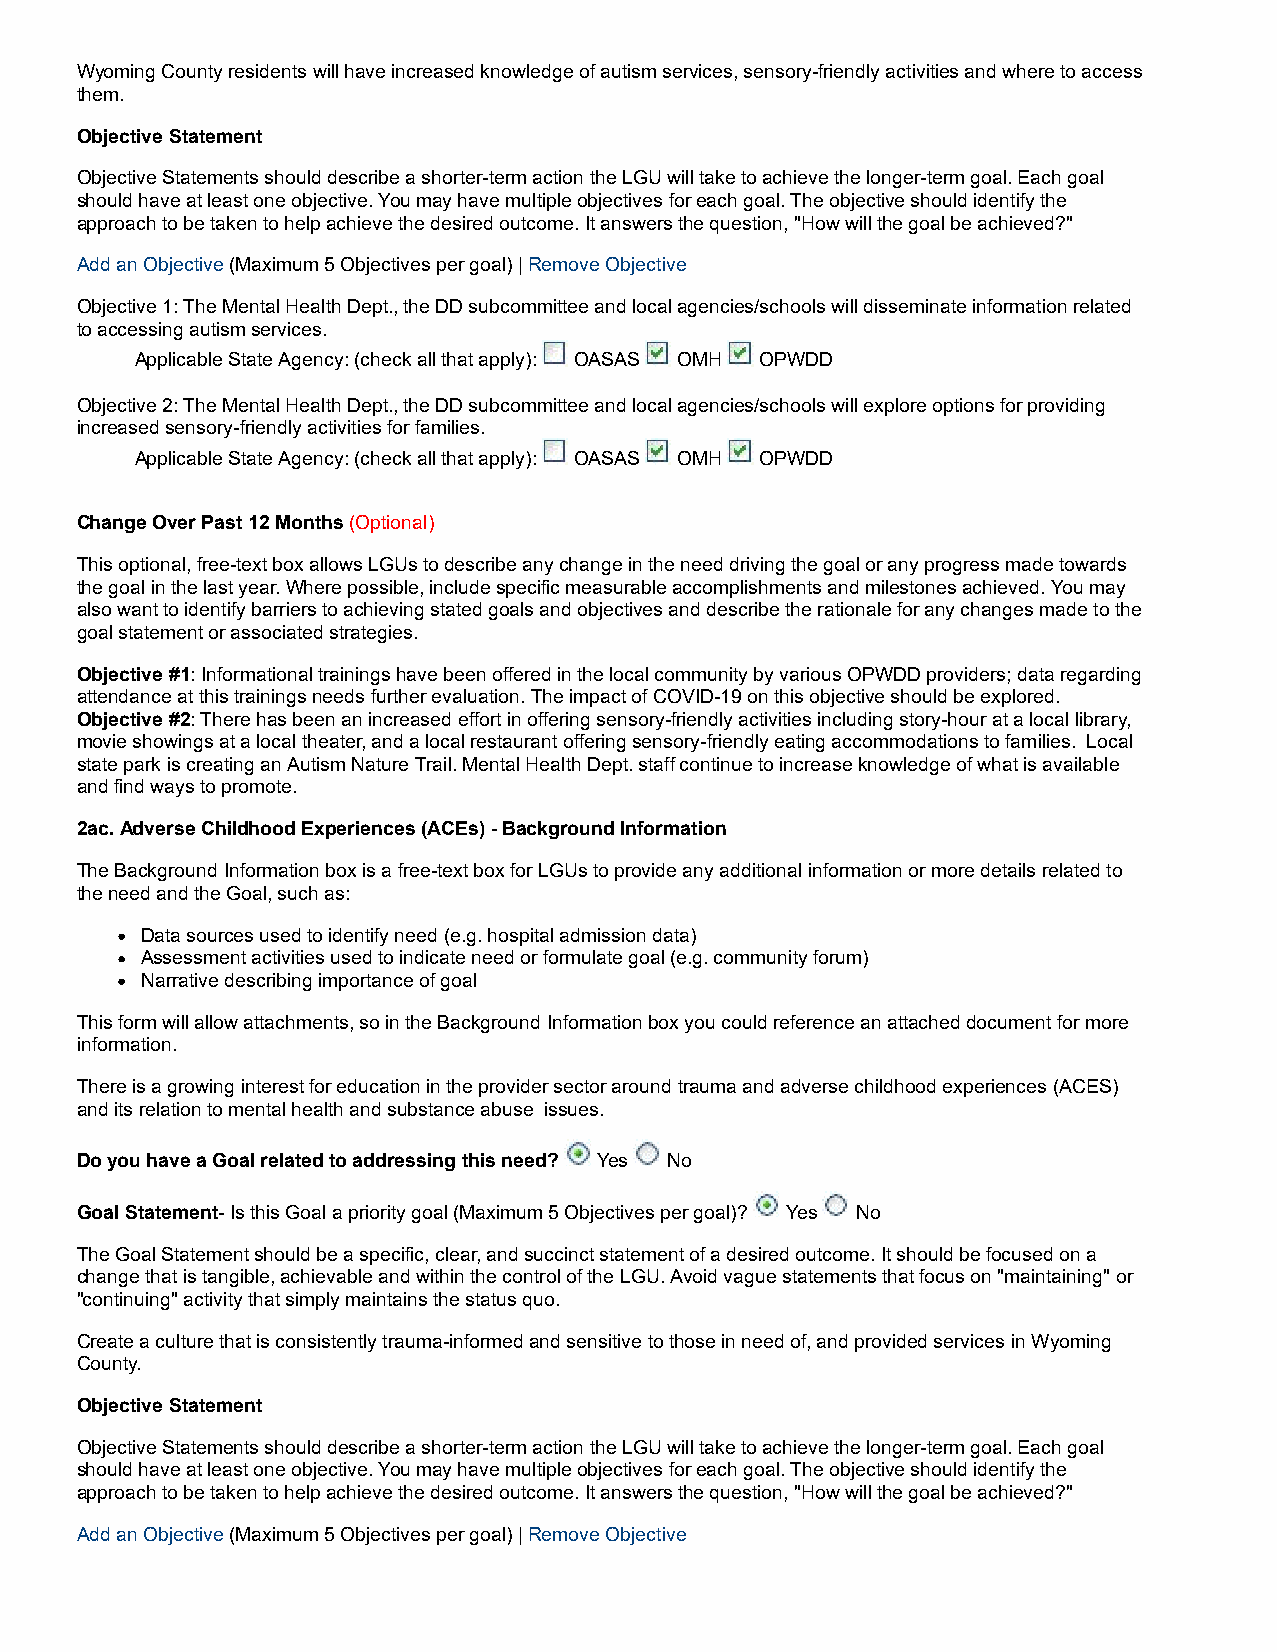
Wyoming County residents will have increased knowledge of autism services, sensory-friendly activities and where to access
 them.
 Objective Statement
 Objective Statements should describe a shorter-term action the LGU will take to achieve the longer-term goal. Each goal
 should have at least one objective. You may have multiple objectives for each goal. The objective should identify the
 approach to be taken to help achieve the desired outcome. It answers the question, "How will the goal be achieved?"
 Add an Objective (Maximum 5 Objectives per goal) | Remove Objective
 Objective 1: The Mental Health Dept., the DD subcommittee and local agencies/schools will disseminate information related
 to accessing autism services.
 Applicable State Agency: (check all that apply): OASAS OMH OPWDD
 Objective 2: The Mental Health Dept., the DD subcommittee and local agencies/schools will explore options for providing
 increased sensory-friendly activities for families.
 Applicable State Agency: (check all that apply): OASAS OMH OPWDD
 Change Over Past 12 Months (Optional)
 This optional, free-text box allows LGUs to describe any change in the need driving the goal or any progress made towards
 the goal in the last year. Where possible, include specific measurable accomplishments and milestones achieved. You may
 also want to identify barriers to achieving stated goals and objectives and describe the rationale for any changes made to the
 goal statement or associated strategies.
 Objective #1: Informational trainings have been offered in the local community by various OPWDD providers; data regarding
 attendance at this trainings needs further evaluation. The impact of COVID-19 on this objective should be explored.
 Objective #2: There has been an increased effort in offering sensory-friendly activities including story-hour at a local library,
 movie showings at a local theater, and a local restaurant offering sensory-friendly eating accommodations to families. Local
 state park is creating an Autism Nature Trail. Mental Health Dept. staff continue to increase knowledge of what is available
 and find ways to promote.
 2ac. Adverse Childhood Experiences (ACEs) - Background Information
 The Background Information box is a free-text box for LGUs to provide any additional information or more details related to
 the need and the Goal, such as:
 Data sources used to identify need (e.g. hospital admission data)
 Assessment activities used to indicate need or formulate goal (e.g. community forum)
 Narrative describing importance of goal
 This form will allow attachments, so in the Background Information box you could reference an attached document for more
 information.
 There is a growing interest for education in the provider sector around trauma and adverse childhood experiences (ACES)
 and its relation to mental health and substance abuse issues.
 Do you have a Goal related to addressing this need? Yes No
 Goal Statement- Is this Goal a priority goal (Maximum 5 Objectives per goal)? Yes No
 The Goal Statement should be a specific, clear, and succinct statement of a desired outcome. It should be focused on a
 change that is tangible, achievable and within the control of the LGU. Avoid vague statements that focus on "maintaining" or
 "continuing" activity that simply maintains the status quo.
 Create a culture that is consistently trauma-informed and sensitive to those in need of, and provided services in Wyoming
 County.
 Objective Statement
 Objective Statements should describe a shorter-term action the LGU will take to achieve the longer-term goal. Each goal
 should have at least one objective. You may have multiple objectives for each goal. The objective should identify the
 approach to be taken to help achieve the desired outcome. It answers the question, "How will the goal be achieved?"
 Add an Objective (Maximum 5 Objectives per goal) | Remove Objective